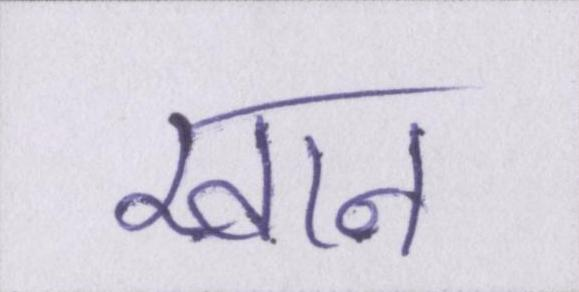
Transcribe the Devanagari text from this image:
खान